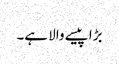
بڑا پیسے والا ہے۔